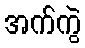
အက်ကွဲ